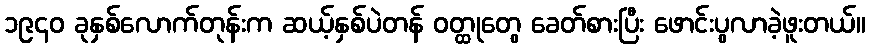
၁၉၄၀ ခုနှစ်လောက်တုန်းက ဆယ့်နှစ်ပဲတန် ဝတ္ထုတွေ ခေတ်စားပြီး ဖောင်းပွလာခဲ့ဖူးတယ်။